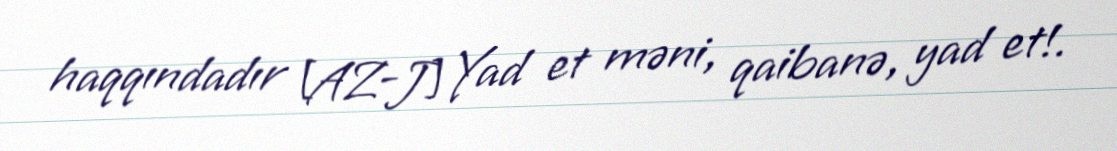
haqqındadır [AZ-J] Yad et məni, qaibanə, yad et!.